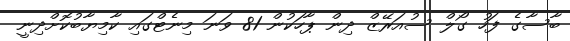
ބާސާގެ ފަހު ގޯލް ސުއަރޭޒް ދިން ޕާހަކުން 81 ވަނަ މިނެޓްގައި ކާމިޔާބުކޮށްދިނީ